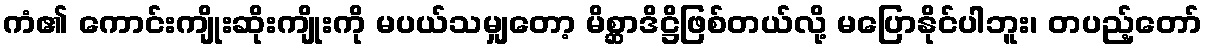
ကံ၏ ကောင်းကျိုးဆိုးကျိုးကို မပယ်သမျှတော့ မိစ္ဆာဒိဋ္ဌိဖြစ်တယ်လို့ မပြောနိုင်ပါဘူး၊ တပည့်တော်